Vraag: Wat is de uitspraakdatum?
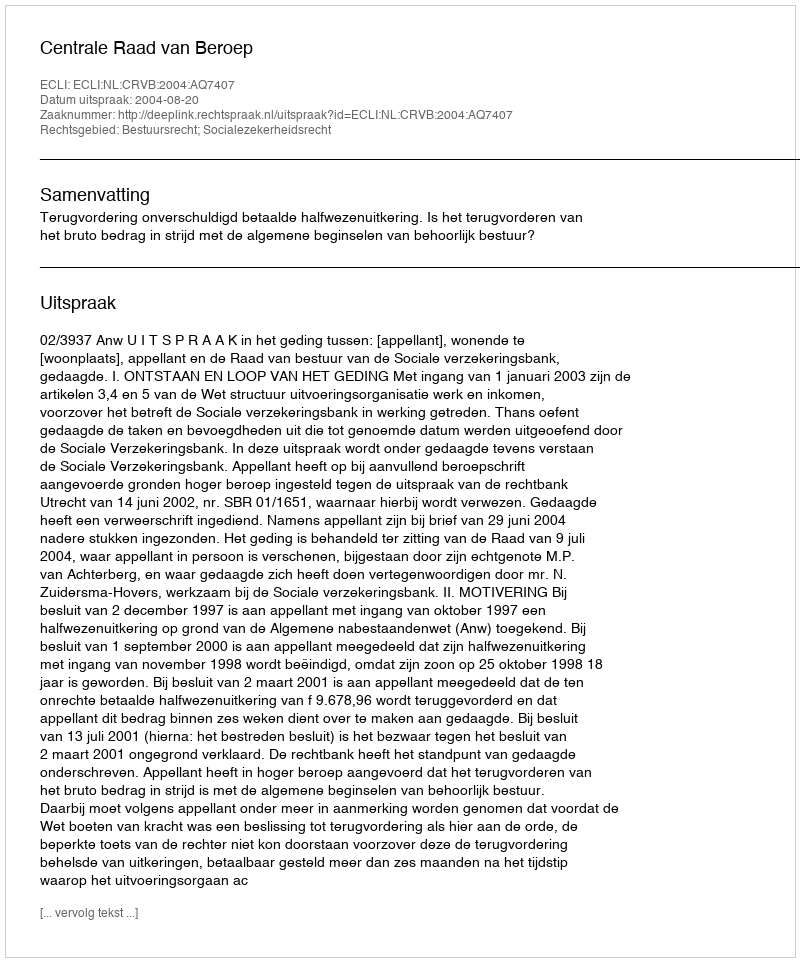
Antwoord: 2004-08-20